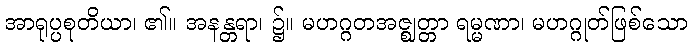
အာရုပ္ပစုတိယာ၊ ၏။ အနန္တရာ၊ ၌။ မဟဂ္ဂတအဇ္ဈတ္တာ ရမ္မဏာ၊ မဟဂ္ဂုတ်ဖြစ်သော